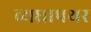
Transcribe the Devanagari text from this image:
व्यघ्रापथर